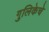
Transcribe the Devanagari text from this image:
गुलिकेचे